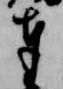
奉